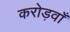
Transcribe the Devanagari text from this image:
करोड़वाँ